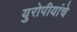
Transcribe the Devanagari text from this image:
युरोपीयांचे